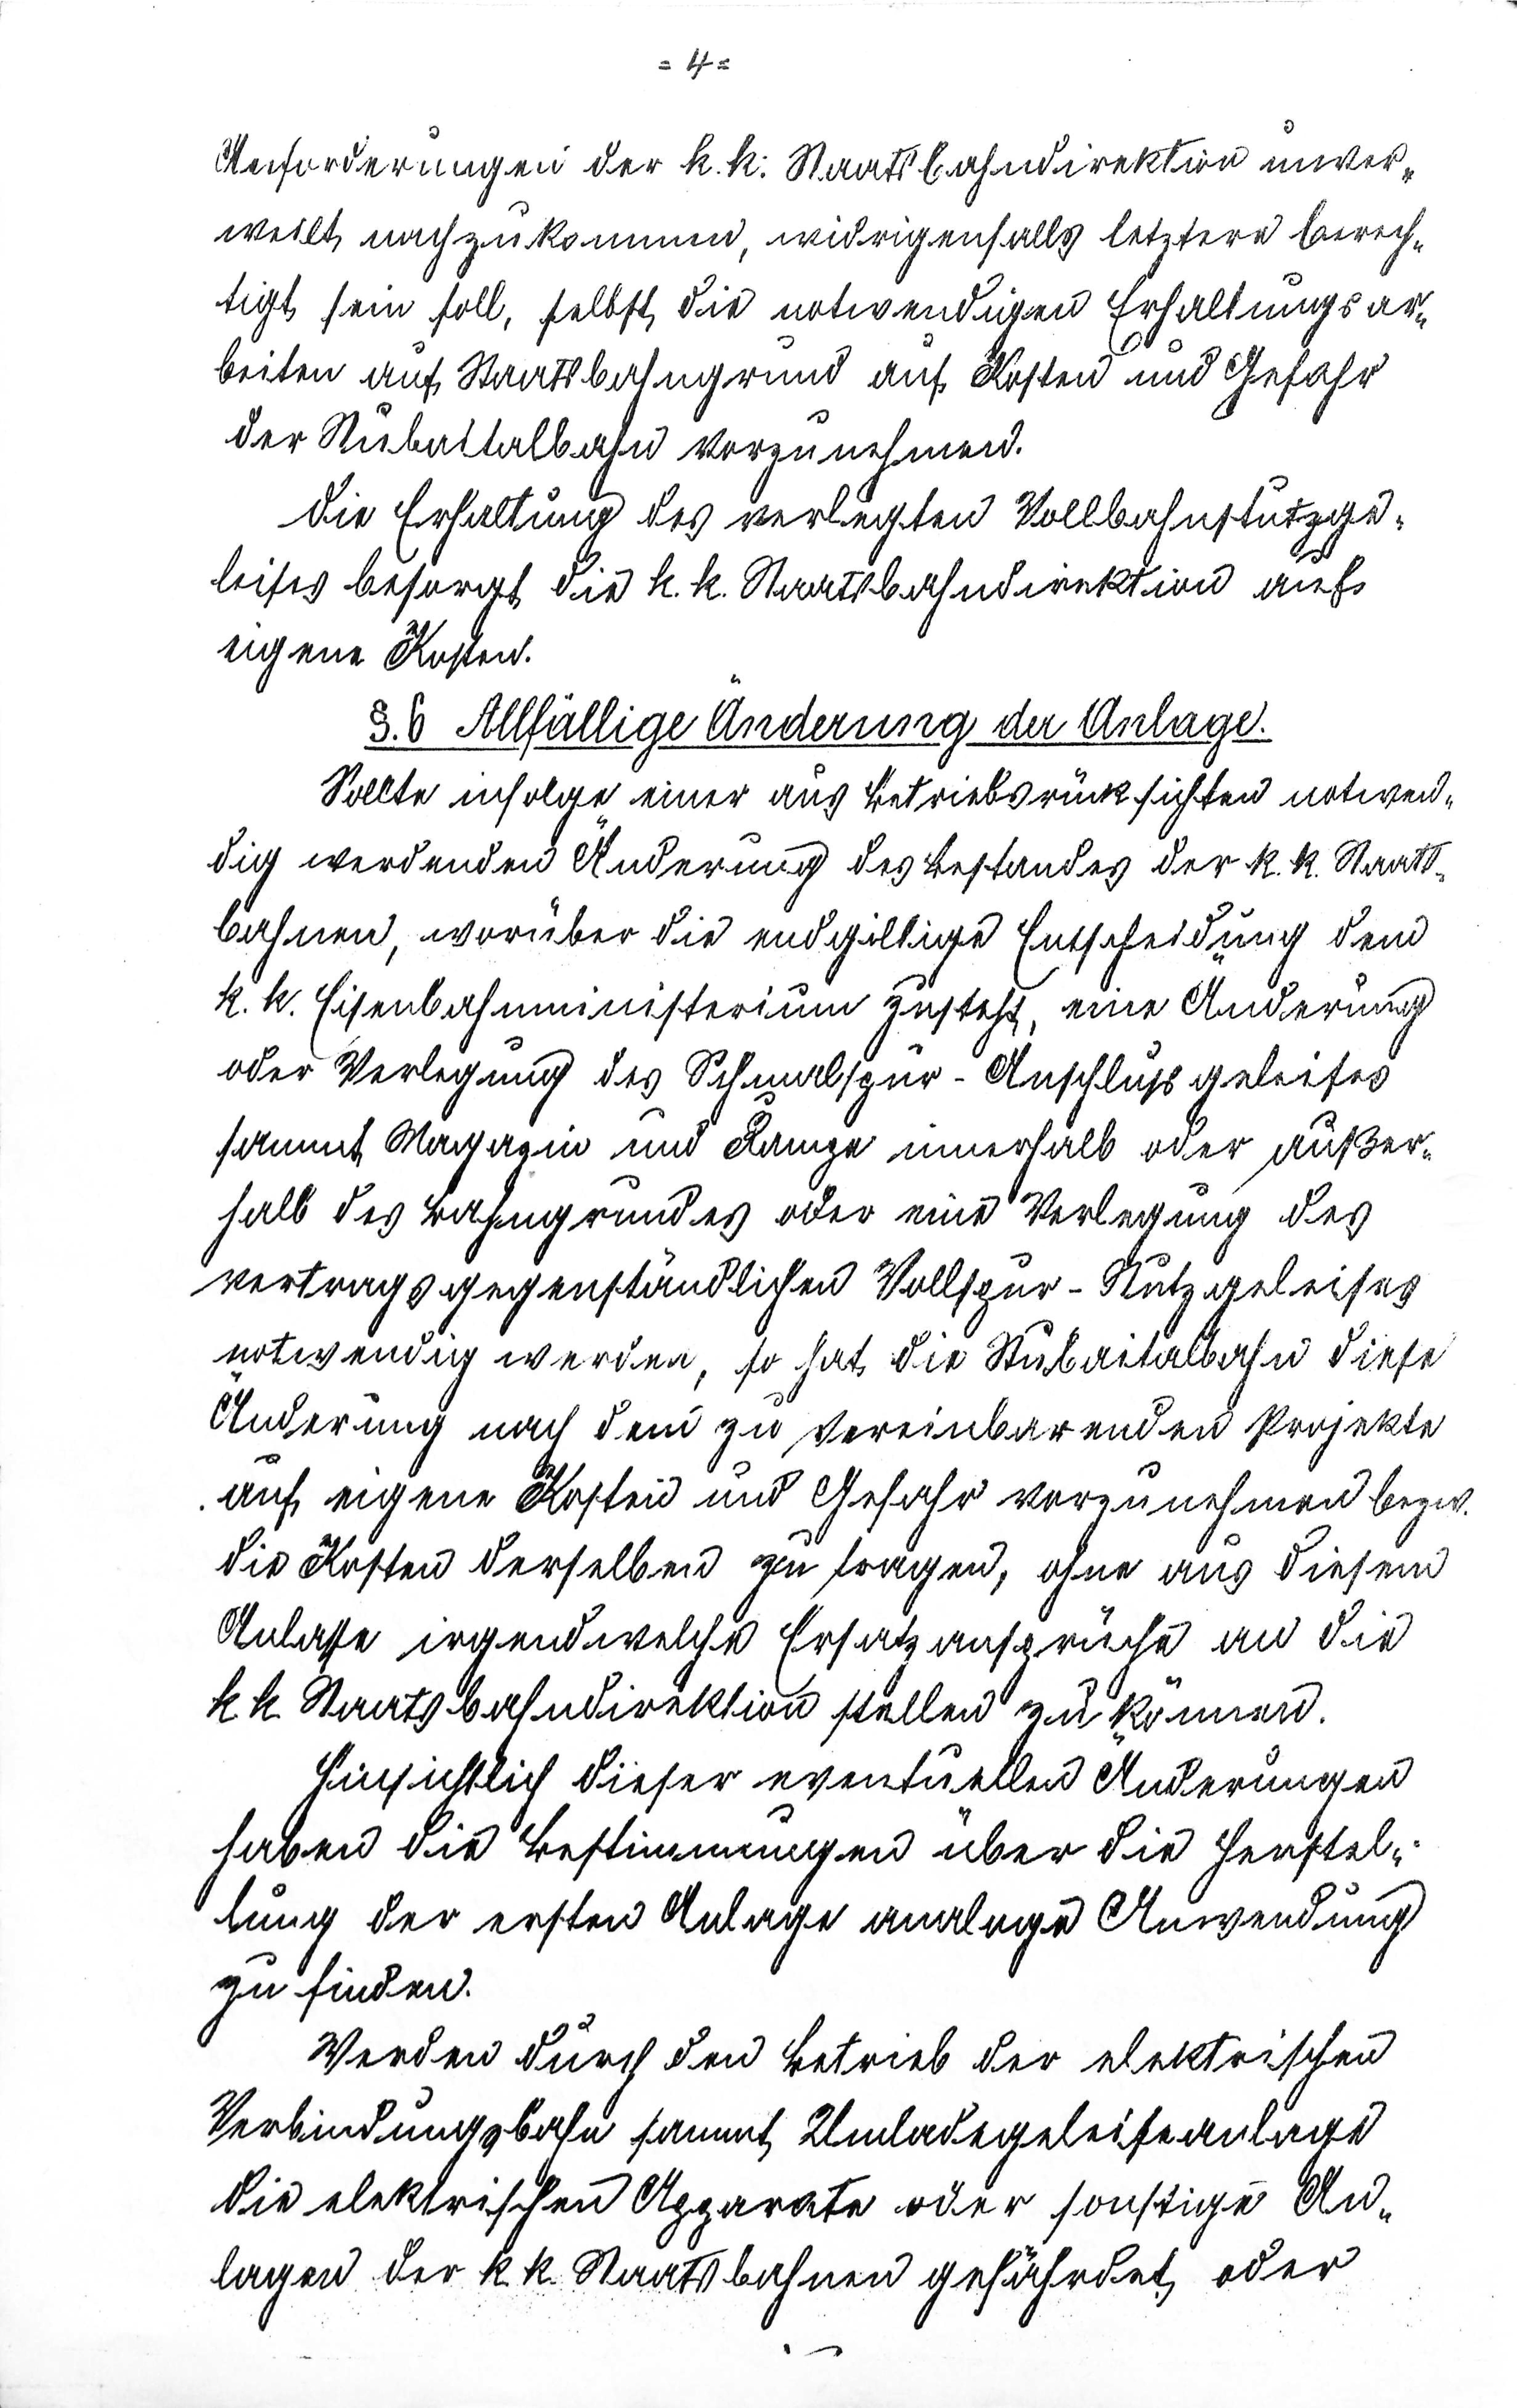
- 4 -
Anforderungen der k.k. Staatsbahndirektion unver¬
weilt nachzukommen, widrigenfalls letzere berech¬
tigt sein soll, selbst die notwendigen Erhaltungsar¬
beiten auf Staatbahngrund auf Kosten und Gefahr
der Stubaitalbahn vorzunehmen.
Die Erhaltung des verlegten Stollbahnstutzge¬
leises besorgt die k.k. Staatsbahndirektion auf
eigene Kosten.
§.6 Allfällige Änderung der Anlage.
Sollte infolge einer aus Betriebsrücksichten notwend¬
dig werdende Änderung des Bestandes der k.k. Staats¬
bahnen, worüber die endgiltige Entscheidung dem
k.k. Eisenbahnministerium zusteht, eine Änderung
der Verlegung des Schmalspur-Anschlußgeleises
sammt Magazin und Range innerhalb oder außer¬
halb des Bahngrundes oder eine Verlegung des
vertragsgegenständlichen Vollspur-Stutzgeleises
notwendig werden, so hat die Stubaitalbahn diese
Änderung nach dem zu vereinbarenden Projekte
auf eigene Kosten und Gefahr vorzunehmen bezw.
die Kosten derselben zu tragen, ohne aus diesen
Anlasse igendwelche Ersatzansprüche an die
k.k. Staatsbahndirektion stellen zu können.
Hinsichtlich dieser eventuellen Änderungen
haben die Bestimmungen über die Herstel¬
lung der ersten Anlage analoge Anwendung
zu finden.
Werden durch den Betrieb der elektrischen
Verbindungsbahn sammt Umladegeleiseanlage
die elektischen Apparate oder sonstige An¬
lagen der k.k. Staatsbahnen gefährdet oder